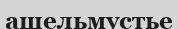
ашельмустье